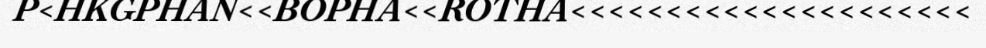
P<HKGPHAN<<BOPHA<<ROTHA<<<<<<<<<<<<<<<<<<<<<